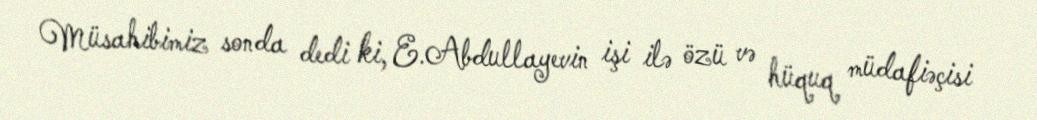
Müsahibimiz sonda dedi ki, E.Abdullayevin işi ilə özü və hüquq müdafiəçisi